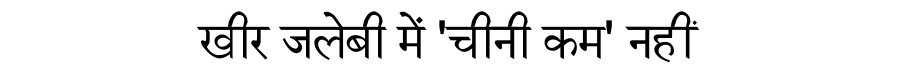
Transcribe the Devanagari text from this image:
खीर जलेबी में 'चीनी कम' नहीं